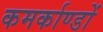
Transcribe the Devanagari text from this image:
कमर्काण्डों